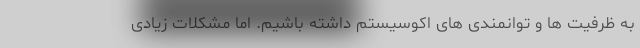
به ظرفیت ها و توانمندی های اکوسیستم داشته باشیم. اما مشکلات زیادی